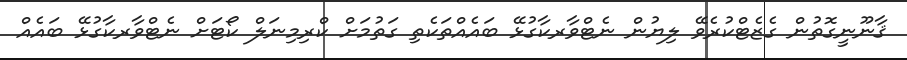
ޤާނޫނީގޮތުން ގެޒެޓްކުރެވޭ ލިޔުން ނެޓްވާރކާގުޅޭ ބައެއްތަކެތި ގަތުމަށް ކްރިމިނަލް ކޯޓަށް ނެޓްވާރކާގުޅޭ ބައެއް